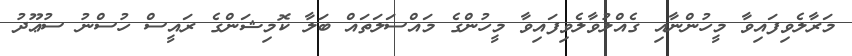
މަރާލެވިފައިވާ މީހުންނާއި ގެއްލުވާލެވިފައިވާ މީހުންގެ މައްސަލަތައް ބަލާ ކޮމިޝަންގެ ރައީސް ހުސްނު ސުޢޫދު